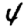
Digit: 4